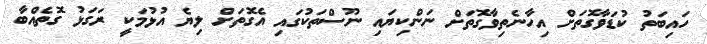
ހައިބަތު ކުޑަވާގޮތަށް އިހާނެތިވާގޮތަށް ނަންކިޔައި ނޫސްތަކުގައި އެގޮތަށް ލިޔެ އުޅުމަކީ ރަގަޅު ގޮތެއްބާ